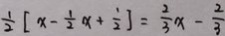
\frac { 1 } { 2 } [ x - \frac { 1 } { 2 } x + \frac { 1 } { 2 } ] = \frac { 2 } { 3 } x - \frac { 2 } { 3 }